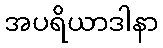
အပရိယာဒါနာ